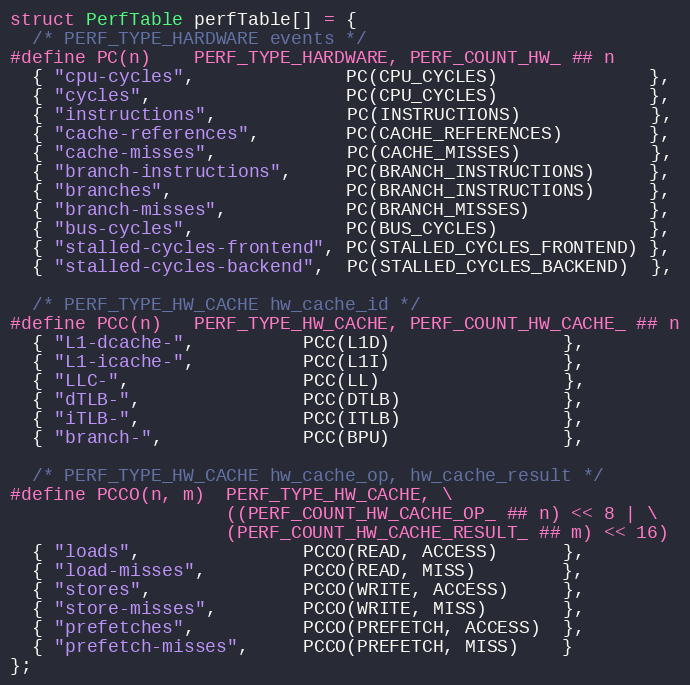
Language: C++
struct PerfTable perfTable[] = {
  /* PERF_TYPE_HARDWARE events */
#define PC(n)    PERF_TYPE_HARDWARE, PERF_COUNT_HW_ ## n
  { "cpu-cycles",              PC(CPU_CYCLES)              },
  { "cycles",                  PC(CPU_CYCLES)              },
  { "instructions",            PC(INSTRUCTIONS)            },
  { "cache-references",        PC(CACHE_REFERENCES)        },
  { "cache-misses",            PC(CACHE_MISSES)            },
  { "branch-instructions",     PC(BRANCH_INSTRUCTIONS)     },
  { "branches",                PC(BRANCH_INSTRUCTIONS)     },
  { "branch-misses",           PC(BRANCH_MISSES)           },
  { "bus-cycles",              PC(BUS_CYCLES)              },
  { "stalled-cycles-frontend", PC(STALLED_CYCLES_FRONTEND) },
  { "stalled-cycles-backend",  PC(STALLED_CYCLES_BACKEND)  },

  /* PERF_TYPE_HW_CACHE hw_cache_id */
#define PCC(n)   PERF_TYPE_HW_CACHE, PERF_COUNT_HW_CACHE_ ## n
  { "L1-dcache-",          PCC(L1D)                },
  { "L1-icache-",          PCC(L1I)                },
  { "LLC-",                PCC(LL)                 },
  { "dTLB-",               PCC(DTLB)               },
  { "iTLB-",               PCC(ITLB)               },
  { "branch-",             PCC(BPU)                },

  /* PERF_TYPE_HW_CACHE hw_cache_op, hw_cache_result */
#define PCCO(n, m)  PERF_TYPE_HW_CACHE, \
                    ((PERF_COUNT_HW_CACHE_OP_ ## n) << 8 | \
                    (PERF_COUNT_HW_CACHE_RESULT_ ## m) << 16)
  { "loads",               PCCO(READ, ACCESS)      },
  { "load-misses",         PCCO(READ, MISS)        },
  { "stores",              PCCO(WRITE, ACCESS)     },
  { "store-misses",        PCCO(WRITE, MISS)       },
  { "prefetches",          PCCO(PREFETCH, ACCESS)  },
  { "prefetch-misses",     PCCO(PREFETCH, MISS)    }
};